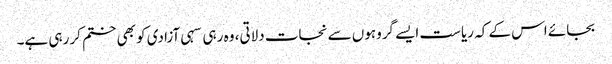
بجائے اس کے کہ ریاست ایسے گروہوں سے نجات دلاتی، وہ رہی سہی آزادی کو بھی ختم کر رہی ہے۔